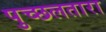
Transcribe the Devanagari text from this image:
पुच्छलतारा